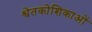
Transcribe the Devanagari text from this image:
श्वेतकोशिकाओं